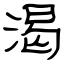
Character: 渴